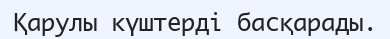
Қарулы күштерді басқарады.